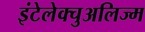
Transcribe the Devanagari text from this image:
इंटेलेक्चुअलिज्म